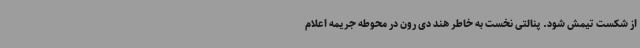
از شکست تیمش شود. پنالتی نخست به خاطر هند دی رون در محوطه جریمه اعلام